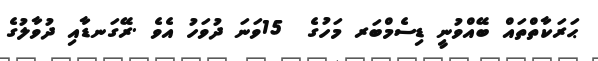
ޙަރަކާތްތައް ބޭއްވުނީ ޑިސެމްބަރ މަހުގެ  15ވަނަ ދުވަހު އެވެ .ރޭގަނޑާއި ދުވާލުގެ